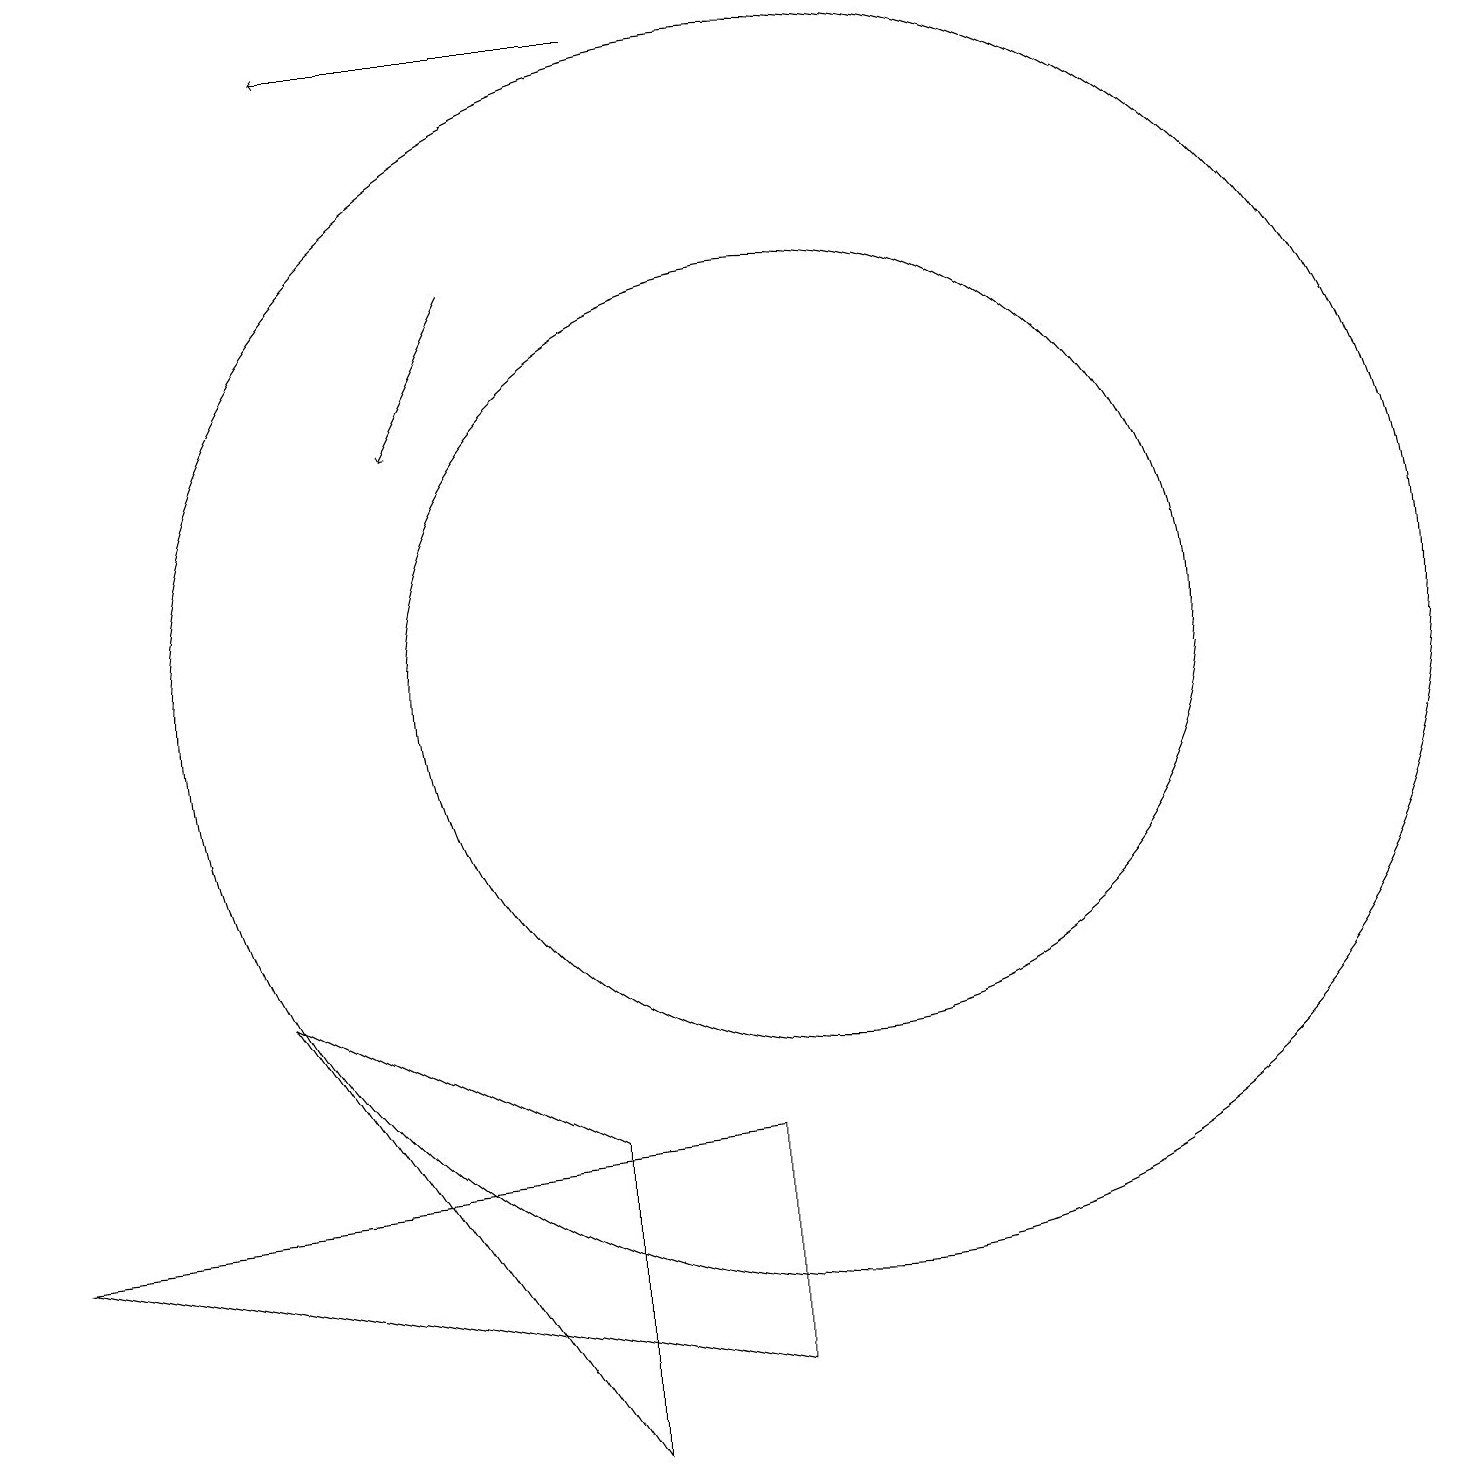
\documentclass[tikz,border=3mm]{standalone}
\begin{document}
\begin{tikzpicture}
\draw (10,11) circle (5);
\draw[->] (6,16) -- (5,14);
\draw[->] (8,19) -- (4,19);
\draw (0,4) -- (9,5) -- (9,2) -- cycle;
\draw (7,5) -- (7,1) -- (3,7) -- cycle;
\draw (10,11) circle (8);
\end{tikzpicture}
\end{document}